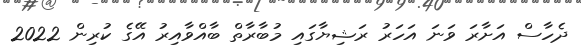
ދެހާސް އަށާރަ ވަނަ އަހަރު ރަޝިޔާގައި މުބާރާތް ބާއްވާއިރު އޭގެ ކުރިން 2022